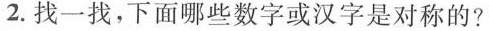
2.找一找，下面哪些数字或汉字是对称的?